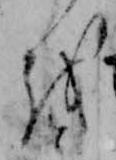
を